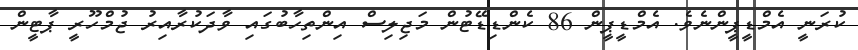
ކުރަނީ އެމްޑީޕީންނެވެ. އެމްޑީޕީން 86 ކެންޑިޑޭޓުން މަޖިލިސް އިންތިހާބުގައި ވާދަކުރާއިރު ޖުމްހޫރީ ޕާޓީން